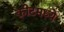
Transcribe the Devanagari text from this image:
क्रीटमध्ये